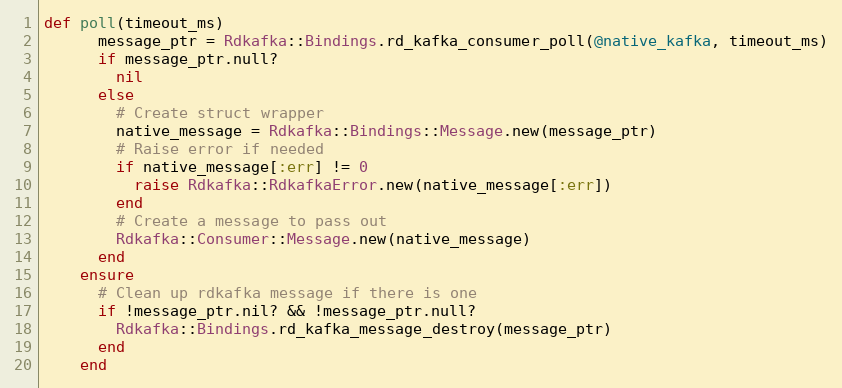
Language: Ruby
def poll(timeout_ms)
      message_ptr = Rdkafka::Bindings.rd_kafka_consumer_poll(@native_kafka, timeout_ms)
      if message_ptr.null?
        nil
      else
        # Create struct wrapper
        native_message = Rdkafka::Bindings::Message.new(message_ptr)
        # Raise error if needed
        if native_message[:err] != 0
          raise Rdkafka::RdkafkaError.new(native_message[:err])
        end
        # Create a message to pass out
        Rdkafka::Consumer::Message.new(native_message)
      end
    ensure
      # Clean up rdkafka message if there is one
      if !message_ptr.nil? && !message_ptr.null?
        Rdkafka::Bindings.rd_kafka_message_destroy(message_ptr)
      end
    end